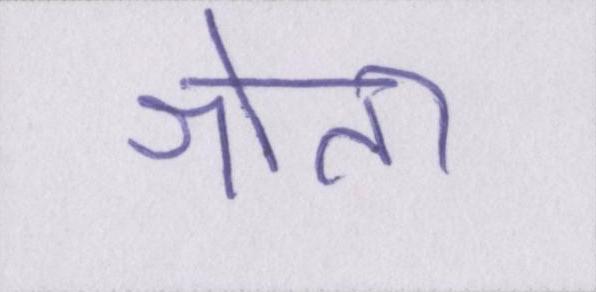
श्रोता